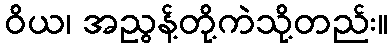
ဝိယ၊ အညွန့်တို့ကဲသို့တည်း။